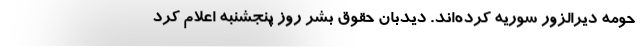
حومه دیرالزور سوریه کرده‌اند. دیدبان حقوق بشر روز پنجشنبه اعلام کرد